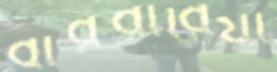
বারবারিয়া